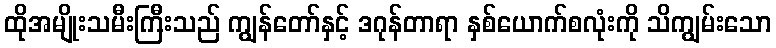
ထိုအမျိုးသမီးကြီးသည် ကျွန်တော်နှင့် ဒဂုန်တာရာ နှစ်ယောက်စလုံးကို သိကျွမ်းသော